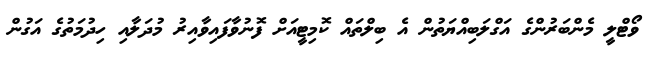
ވޯޓްލީ މެންބަރުންގެ އަގްލަބިއްޔަތުން އެ ބިލްތައް ކޮމިޓީއަށް ފޮނުވާފައިވާއިރު މުދަލާއި ހިދުމަތުގެ އަގުން